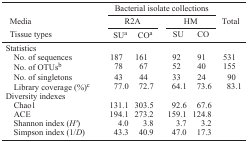
<table><thead><tr><td></td><td colspan="4"><b>Bacterial isolate collections</b></td><td></td></tr><tr><td><b>Media</b></td><td colspan="2"><b>R2A</b></td><td colspan="2"><b>HM</b></td><td><b>Total</b></td></tr><tr><td><b>Tissue types</b></td><td><b>SUa</b></td><td><b>COa</b></td><td><b>SU</b></td><td><b>CO</b></td><td></td></tr></thead><tbody><tr><td colspan="6">Statistics</td></tr><tr><td> No. of sequences</td><td>187</td><td>161</td><td>92</td><td>91</td><td>531</td></tr><tr><td> No. of OTUsb</td><td>78</td><td>67</td><td>52</td><td>40</td><td>155</td></tr><tr><td> No. of singletons</td><td>43</td><td>44</td><td>33</td><td>24</td><td>90</td></tr><tr><td> Library coverage (%)c</td><td>77.0</td><td>72.7</td><td>64.1</td><td>73.6</td><td>83.1</td></tr><tr><td colspan="6">Diversity indexes</td></tr><tr><td> Chao1</td><td>131.1</td><td>303.5</td><td>92.6</td><td>67.6</td><td></td></tr><tr><td> ACE</td><td>194.1</td><td>273.2</td><td>159.1</td><td>124.8</td><td></td></tr><tr><td> Shannon index (<i>H′</i>)</td><td>4.0</td><td>3.8</td><td>3.7</td><td>3.2</td><td></td></tr><tr><td> Simpson index (1/<i>D</i>)</td><td>43.3</td><td>40.9</td><td>47.0</td><td>17.3</td><td></td></tr></tbody></table>